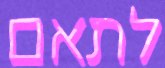
לתאם